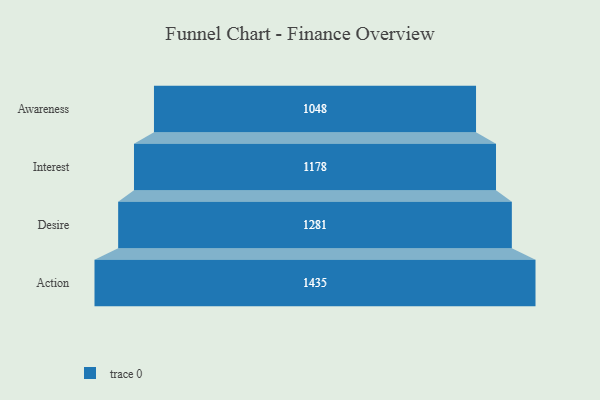
{"axis": {"x": "Stage", "y": "Value"}, "legend": [""], "data": [{"x": "Awareness", "y": 1048.0, "type": ""}, {"x": "Interest", "y": 1178.0, "type": ""}, {"x": "Desire", "y": 1281.0, "type": ""}, {"x": "Action", "y": 1435.0, "type": ""}]}